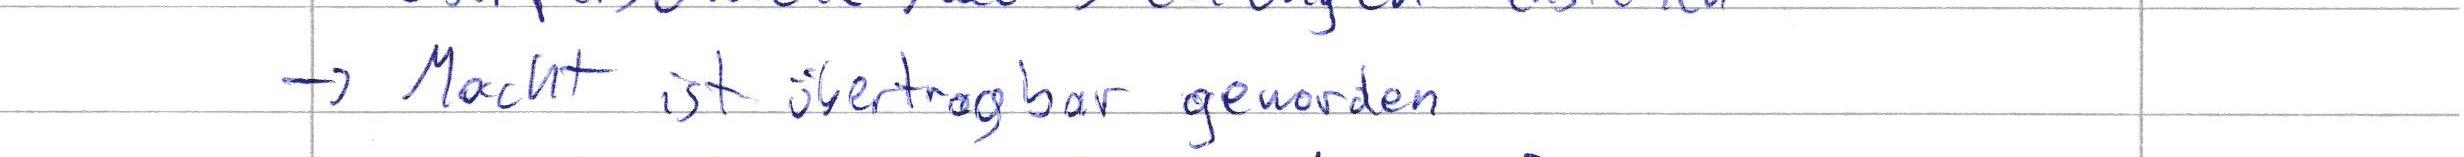
-> Macht ist übertragbar geworden